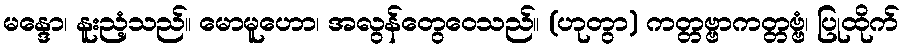
မန္ဒော၊ နူးညံ့သည်။ မောမူဟော၊ အလွန်တွေဝေသည်။ (ဟုတွာ) ကတ္တဗ္ဗာကတ္တဗ္ဗံ၊ ပြုထိုက်